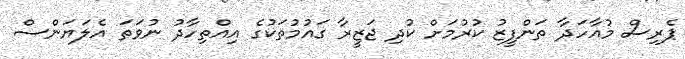
ޕެރިސް މުއާހަދާ ތަންފީޒު ކުރުމަށް ކުދި ޖަޒީރާ ގައުމުތަކުގެ އިއްތިހާދު ނުވަތަ އެލަޔަންސް